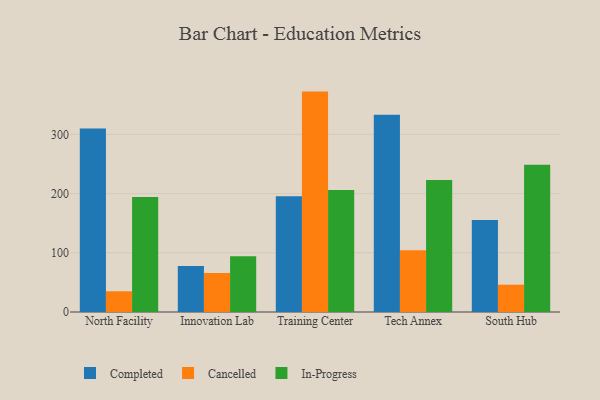
{"axis": {"x": "Campus", "y": "Demand Index"}, "legend": ["Cancelled", "Completed", "In-Progress"], "data": [{"x": "North Facility", "y": 309.9, "type": "Completed"}, {"x": "North Facility", "y": 35.0, "type": "Cancelled"}, {"x": "North Facility", "y": 194.3, "type": "In-Progress"}, {"x": "Innovation Lab", "y": 77.7, "type": "Completed"}, {"x": "Innovation Lab", "y": 65.7, "type": "Cancelled"}, {"x": "Innovation Lab", "y": 94.1, "type": "In-Progress"}, {"x": "Training Center", "y": 195.6, "type": "Completed"}, {"x": "Training Center", "y": 372.2, "type": "Cancelled"}, {"x": "Training Center", "y": 206.1, "type": "In-Progress"}, {"x": "Tech Annex", "y": 333.0, "type": "Completed"}, {"x": "Tech Annex", "y": 104.4, "type": "Cancelled"}, {"x": "Tech Annex", "y": 223.1, "type": "In-Progress"}, {"x": "South Hub", "y": 155.2, "type": "Completed"}, {"x": "South Hub", "y": 46.1, "type": "Cancelled"}, {"x": "South Hub", "y": 248.6, "type": "In-Progress"}]}